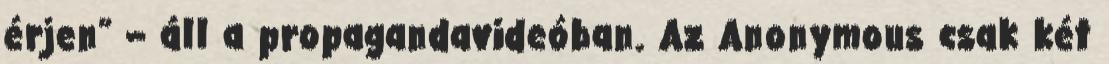
érjen” – áll a propagandavideóban. Az Anonymous csak két